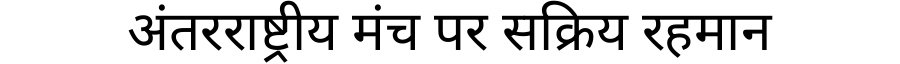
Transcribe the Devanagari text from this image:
अंतरराष्ट्रीय मंच पर सक्रिय रहमान